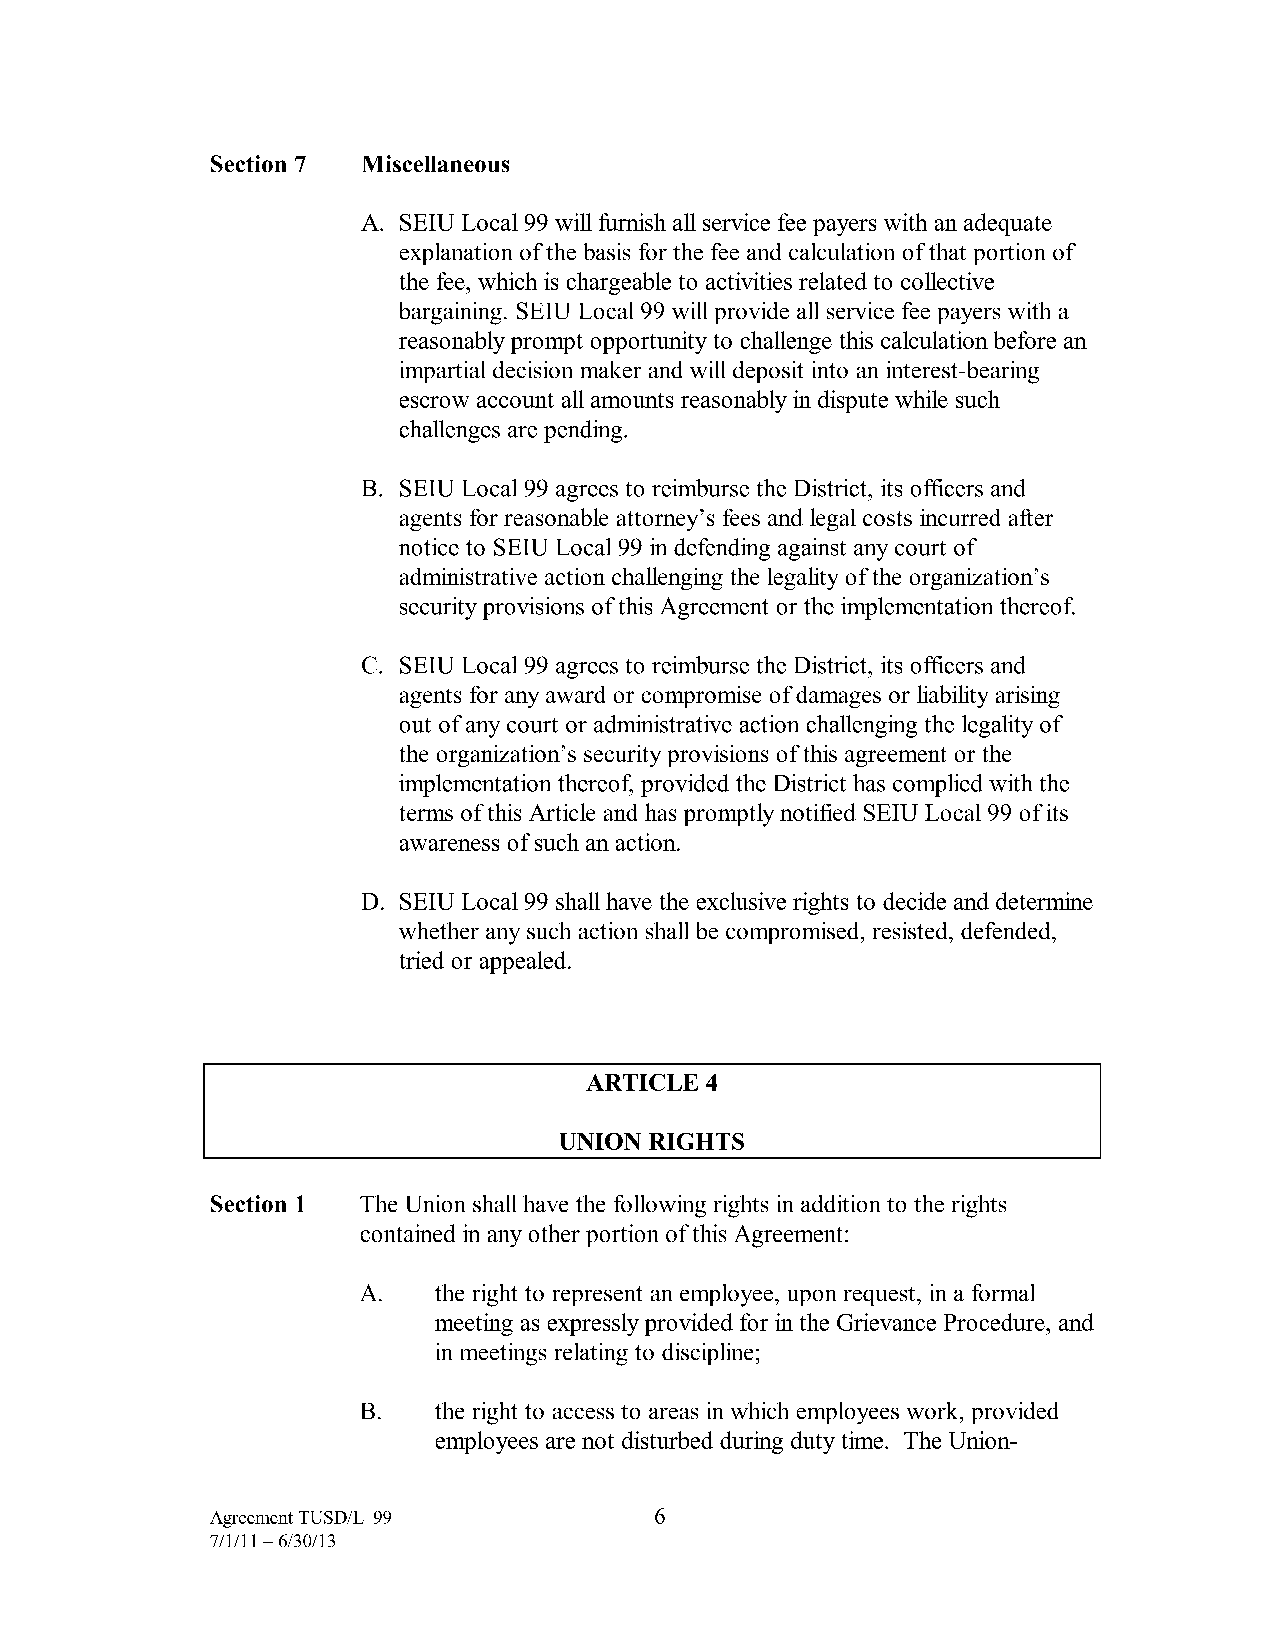
Section 7 Miscellaneous
 A. SEIU Local 99 will furnish all service fee payers with an adequate
 explanation of the basis for the fee and calculation of that portion of
 the fee, which is chargeable to activities related to collective
 bargaining. SEIU Local 99 will provide all service fee payers with a
 reasonably prompt opportunity to challenge this calculation before an
 impartial decision maker and will deposit into an interest-bearing
 escrow account all amounts reasonably in dispute while such
 challenges are pending.
 B. SEIU Local 99 agrees to reimburse the District, its officers and
 agents for reasonable attorney's fees and legal costs incurred after
 notice to SEIU Local 99 in defending against any court of
 administrative action challenging the legality of the organization's
 security provisions of this Agreement or the implementation thereof
 C. SEIU Local 99 agrees to reimburse the District, its officers and
 agents for any award or compromise of damages or liability arising
 out of any court or administrative action challenging the legality of
 the organization's security provisions of this agreement or the
 implementation thereof, provided the District has complied with the
 terms of this Article and has promptly notified SEIU Local 99 of its
 awareness of such an action.
 D. SEIU Local 99 shall have the exclusive rights to decide and determine
 whether any such action shall be compromised, resisted, defended,
 tried or appealed.
 ARTICLE4
 UNION RIGHTS
 Section 1 The Union shall have the following rights in addition to the rights
 contained in any other portion of this Agreement:
 A.   the right to represent an employee, upon request, in a formal
 meeting as expressly provided for in the Grievance Procedure, and
 in meetings relating to discipline;
 B.   the right to access to areas in which employees work, provided
 employees are not disturbed during duty time. The Union-
 Agreement TUSD/L-99          6
 7/1/11-6/30/13